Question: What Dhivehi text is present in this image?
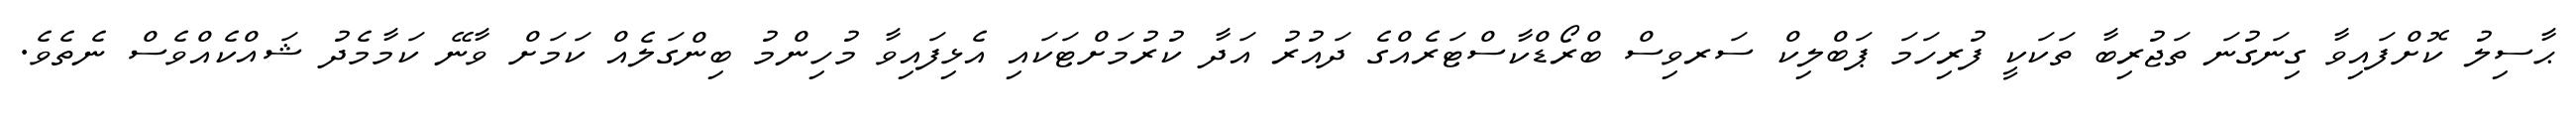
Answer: ޙާސިލު ކޮށްފައިވާ ގިނަގުނަ ތަޖުރިބާ ތަކަކީ ފުރިހަމަ ޕަބްލިކް ސަރވިސް ބްރޯޑްކާސްޓަރެއްގެ ދައުރު އަދާ ކުރުމަށްޓަކައި އެޅިފައިވާ މުހިންމު ބިންގަލެއް ކަމަށް ވާނޭ ކަމާމެދު ޝައްކެއްވެސް ނެތެވެ.